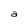
Character: a